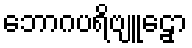
ဘောဂပရိဗျူဠှော